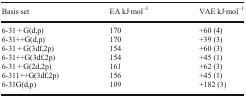
<table><thead><tr><td><b>Basis set</b></td><td><b>EA kJ∙mol<sup>–1</sup></b></td><td><b>VAE kJ∙mol<sup>–1</sup></b></td></tr></thead><tbody><tr><td>6-31 + G(d,p)</td><td>170</td><td>+60 (4)</td></tr><tr><td>6-31++G(d,p)</td><td>170</td><td>+39 (3)</td></tr><tr><td>6-31 + G(3df,2p)</td><td>154</td><td>+60 (3)</td></tr><tr><td>6-31++G(3df,2p)</td><td>154</td><td>+45 (1)</td></tr><tr><td>6-31 + G(2d,2p)</td><td>161</td><td>+62 (3)</td></tr><tr><td>6-311++G(3df,2p)</td><td>156</td><td>+45 (1)</td></tr><tr><td>6-31G(d,p)</td><td>109</td><td>+182 (3)</td></tr></tbody></table>